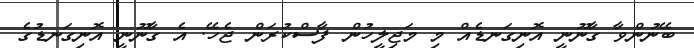
ބޭނުންވާ ގާނޫނީ އޮނިގަނޑެއް މި މަޖިލީހުން ފާސްކުރަން ޖެހޭ. އެ ގާނޫނީ އޮނިގަނޑުގެ